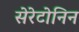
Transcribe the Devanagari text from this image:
सेरेटोनिन